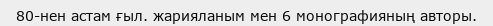
80-нен астам ғыл. жарияланым мен 6 монографияның авторы.